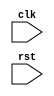
module timing_control_and_synchronization(
    input wire clk,
    input wire rst,
    // Add any other input and output ports as necessary
);

    // Generate clock signals module
    always @(posedge clk or negedge rst) begin
        if (!rst) begin
            // Reset logic
        end else begin
            // Clock signal generation logic
        end
    end

    // Data transfer timing management module
    always @(posedge clk or negedge rst) begin
        if (!rst) begin
            // Reset logic
        end else begin
            // Data transfer timing management logic
        end
    end

    // Synchronization module
    always @(posedge clk or negedge rst) begin
        if (!rst) begin
            // Reset logic
        end else begin
            // Synchronization logic
        end
    end

    // Error detection and correction module
    always @(posedge clk or negedge rst) begin
        if (!rst) begin
            // Reset logic
        end else begin
            // Error detection and correction logic
        end
    end

    // Efficient utilization of Ethernet bus resources module
    always @(posedge clk or negedge rst) begin
        if (!rst) begin
            // Reset logic
        end else begin
            // Efficient utilization logic
        end
    end

endmodule